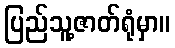
ပြည်သူ့ဇာတ်ရုံမှာ။